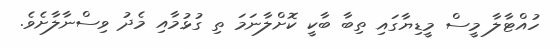
ހުއްޓާލާ މީސް މީޑިޔާގައި ތިބާ ބާކީ ކޮށްލާނަމަ ތި ގުޅުމާއި މެދު ވިސްނާލާށެވެ.